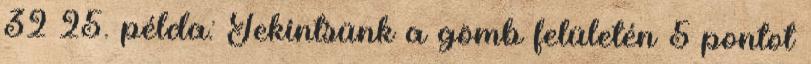
32 25. példa: Tekintsünk a gömb felületén 5 pontot